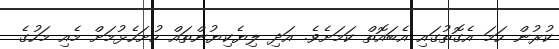
ކުރުން ހަމަ އެގޮތުގައި އެބައޮތް ކަމަށެވެ. އަދި ލިޔެކިޔުންތައް ހުށަހެޅުމަށް މެއި މަހުގެ